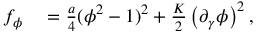
\begin{array} { r l } { f _ { \phi } } & { { } = \frac { a } { 4 } ( \phi ^ { 2 } - 1 ) ^ { 2 } + \frac { K } { 2 } \left( \partial _ { \gamma } \phi \right) ^ { 2 } , } \end{array}